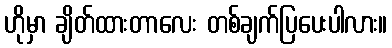
ဟိုမှာ ချိတ်ထားတာလေး တစ်ချက်ပြပေးပါလား။